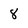
Character: 8